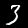
Label: 3